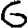
Digit: 6